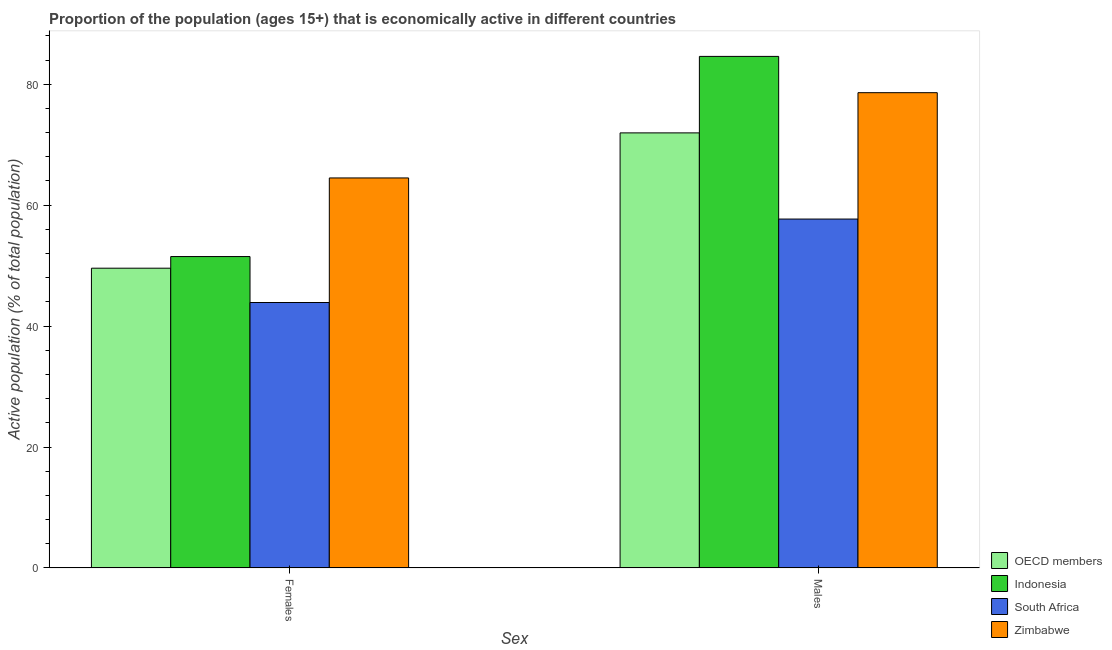
| Sex | OECD members | Indonesia | South Africa | Zimbabwe |
 | --- | --- | --- | --- | --- |
 | Females | 49.6 | 51.5 | 43.9 | 64.5 |
 | Males | 72 | 84.6 | 57.7 | 78.6 |